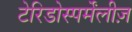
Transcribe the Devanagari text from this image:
टेरिडोस्पर्मेंलीज़